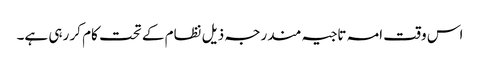
اس وقت امہ تاجیہ مندرجہ ذیل نظام کے تحت کام کر رہی ہے۔